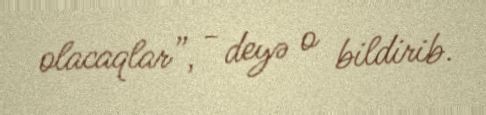
olacaqlar”, - deyə o bildirib.